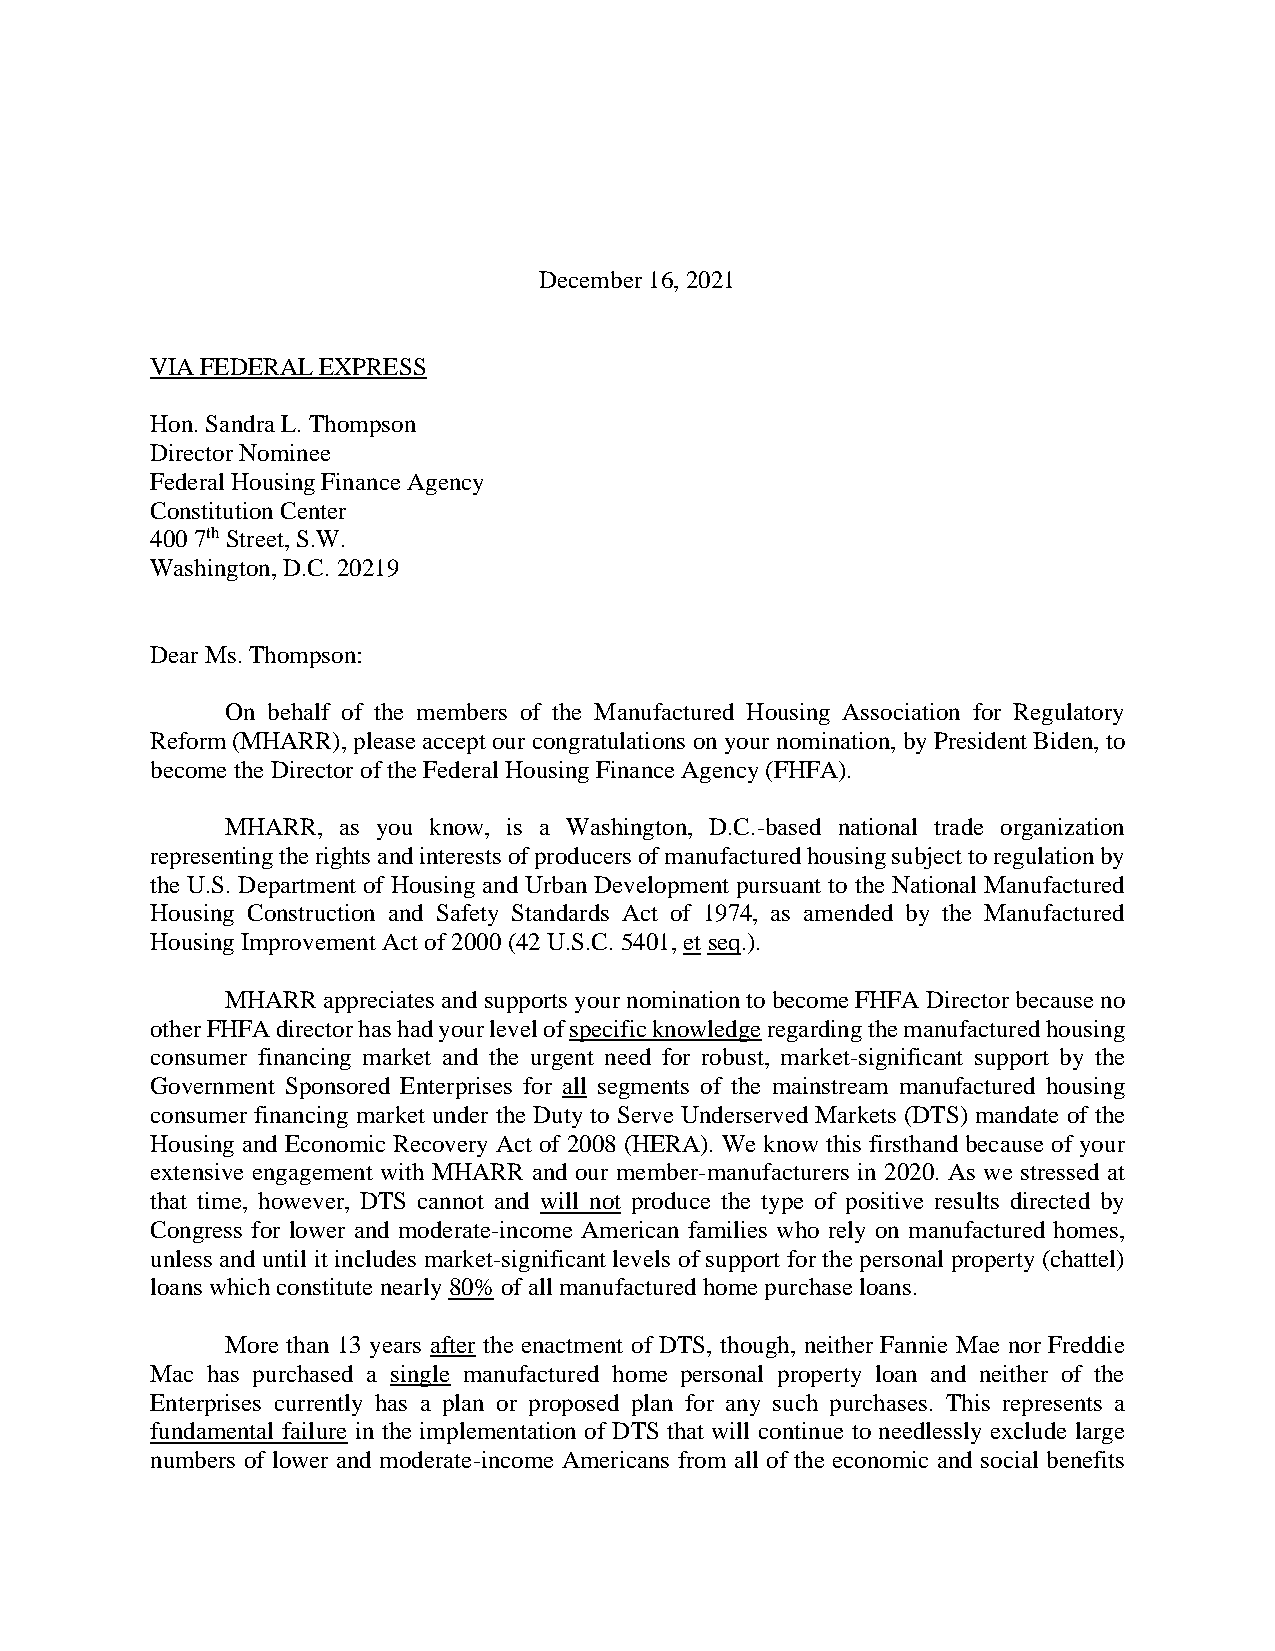
December 16, 2021
 VIA FEDERAL EXPRESS
 Hon. Sandra L. Thompson
 Director Nominee
 Federal Housing Finance Agency
 Constitution Center
 400 7th Street, S.W.
 Washington, D.C. 20219
 Dear Ms. Thompson:
 On behalf of the members of the Manufactured Housing Association for Regulatory
 Reform (MHARR), please accept our congratulations on your nomination, by President Biden, to
 become the Director of the Federal Housing Finance Agency (FHFA).
 MHARR, as you know, is a Washington, D.C.-based national trade organization
 representing the rights and interests of producers of manufactured housing subject to regulation by
 the U.S. Department of Housing and Urban Development pursuant to the National Manufactured
 Housing Construction and Safety Standards Act of 1974, as amended by the Manufactured
 Housing Improvement Act of 2000 (42 U.S.C. 5401, et seq.).
 MHARR appreciates and supports your nomination to become FHFA Director because no
 other FHFA director has had your level of specific knowledge regarding the manufactured housing
 consumer financing market and the urgent need for robust, market-significant support by the
 Government Sponsored Enterprises for all segments of the mainstream manufactured housing
 consumer financing market under the Duty to Serve Underserved Markets (DTS) mandate of the
 Housing and Economic Recovery Act of 2008 (HERA). We know this firsthand because of your
 extensive engagement with MHARR and our member-manufacturers in 2020. As we stressed at
 that time, however, DTS cannot and will not produce the type of positive results directed by
 Congress for lower and moderate-income American families who rely on manufactured homes,
 unless and until it includes market-significant levels of support for the personal property (chattel)
 loans which constitute nearly 80% of all manufactured home purchase loans.
 More than 13 years after the enactment of DTS, though, neither Fannie Mae nor Freddie
 Mac has purchased a single manufactured home personal property loan and neither of the
 Enterprises currently has a plan or proposed plan for any such purchases. This represents a
 fundamental failure in the implementation of DTS that will continue to needlessly exclude large
 numbers of lower and moderate-income Americans from all of the economic and social benefits